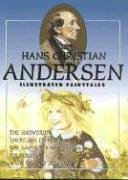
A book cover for Hans Christian Andersen Illustrated Fairytales, Volume IV; Hans Christian Andersen; Children's Books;